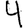
Digit: 4